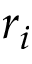
r _ { i }